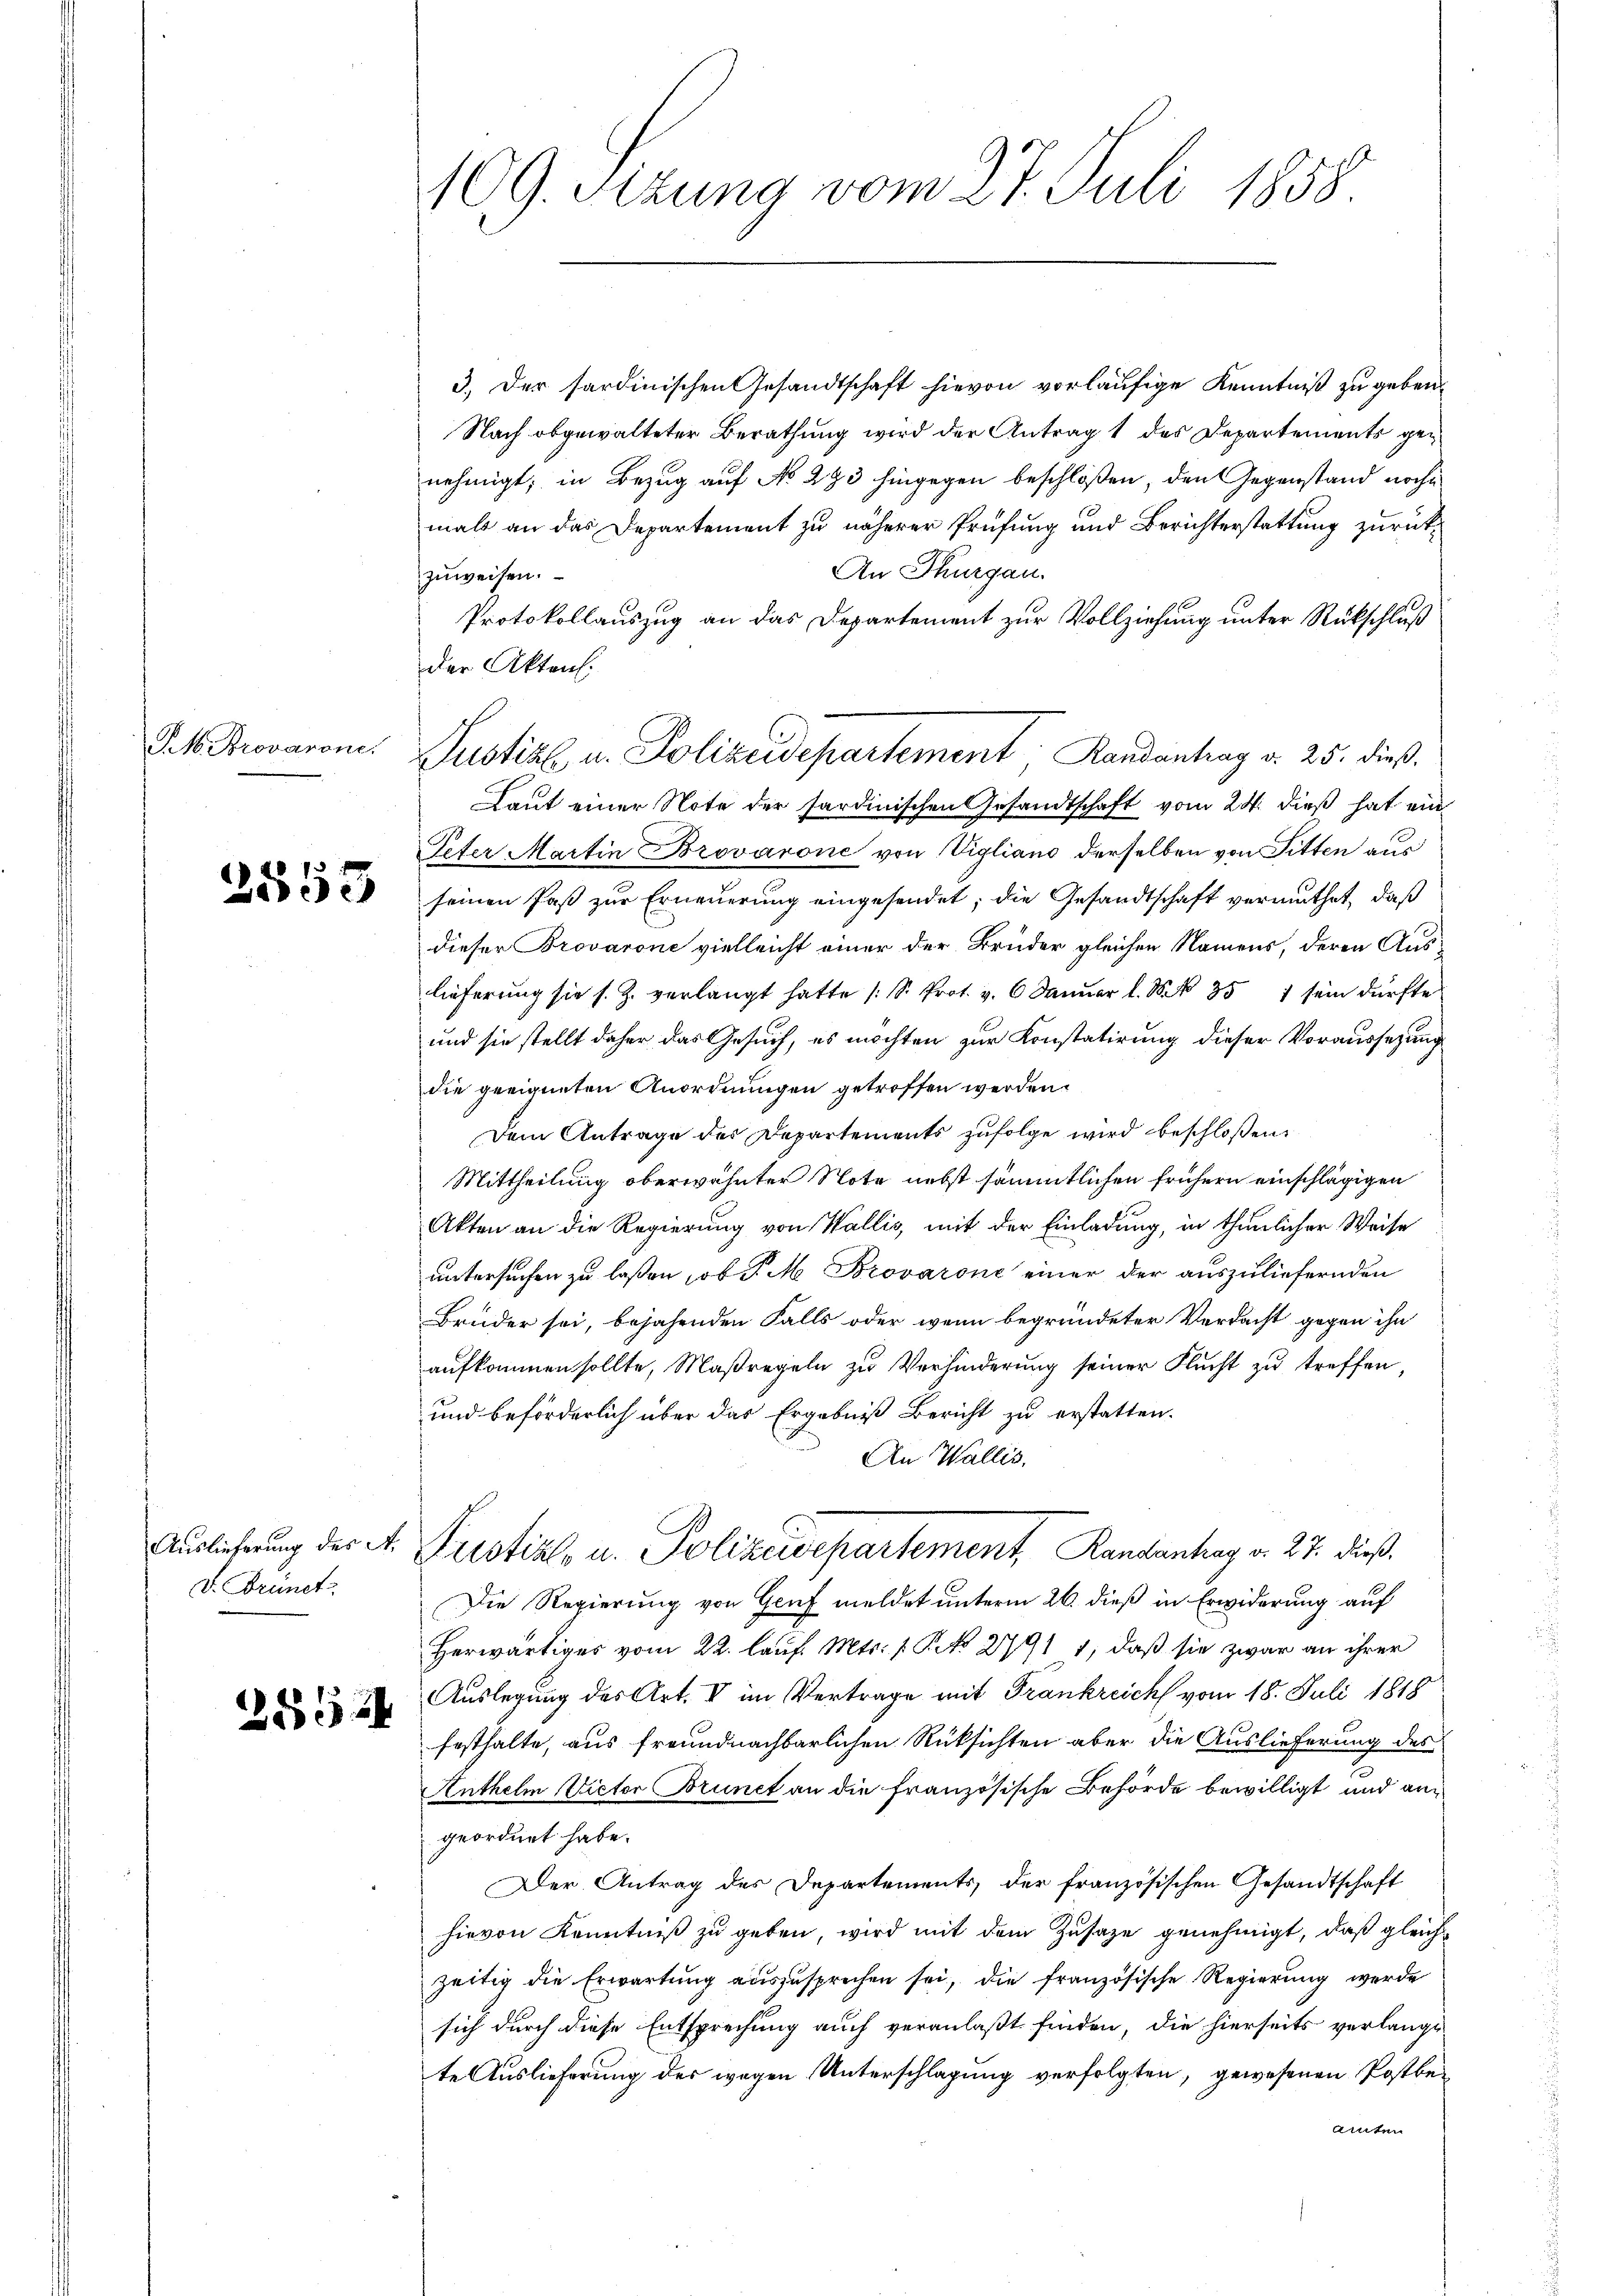
Pet. Provarone

2553

v. Brunet

28524

109. Sitzung vom 27. Juli 1858

3.) Der sardinischen Gesandtschaft hievon vorläufige Kenntniß zu geben.
Nach abgewalteter Berathung wird der Antrag 1 des Departements genehmigt; in Bezug auf No 293 hingegen beschloßen, den Gegenstand noch
mals an das Departement zu näherer Prüfung und Berichterstattung zurück¬
An Thurgau.
zuweisen.
Protokollauszug an das Departement zur Vollziehung unter Rückschluß
der Akten.
Laut einer Note der sardinischen Gesandtschaft vom 24. dieß hat ein
Peter Martin Brovárone von Vigliano derselben von Sitten aus
seinen Paß zur Erneuerung eingesendet; die Gesandtschaft vermuthet, daß
dieser Brovarone vielleicht einer der Brüder gleichen Namens, deren Aus-
lieferung sie s. Z. verlangt hatte (S. Prot. v. 6. Januar l. S. 357 sein dürfte
und sie stellt daher das Gesuch, es möchten zur Konstatirung dieser Voraussetzung
die geeigneten Anordnungen getroffen werden.
Dem Antrage des Departements zufolge wird beschloßen:
Mittheilung oberwähnter Note nebst sämmtlichen frühern einschlägigen
Akten an die Regierung von Wallis, mit der Einladung, in thunlicher Weise
untersuchen zu laßen, ob P. M. Brovarone einer der auszuliefernden
Bruder sei, bejahenden Falls oder wenn begründeter Verdacht gegen ihn
aufkommen sollte, Maßregeln zu Verhinderung seiner Flucht zu treffen,
und beförderlich über das Ergebniß Bericht zu erstatten.
An Wallis,
Auslicherung der A. Fristial- u. Polizeidepartement Randantrag v. 27. dieß¬
Die Regierung von Genf meldet unterm 26. dieß in Erwiderung auf
Herwärtiges vom 22. lauf. Mts. 1 Pkt. 2791 1, daß sie zwar an ihrer
Auslegung des Art. VI im Vertrage mit Frankreich vom 18. Juli 1818
festhalte, aus freundnachbarlichen Rüksichten aber die Auslieferung des
Anthelm Victor Brunet an die französische Behörde bewilligt und angeordnet habe.
Der Antrag des Departements, der französischen Gesandtschaft
hievon Kenntniß zu geben, wird mit dem Zusaze genehmigt, daß gleichzeitig die Erwartung auszusprechen sei, die französische Regierung werde
sich durch diese Entsprechung auch veranlaßt finden, die hierseits verlange
te Auslieferung des wegen Unterschlagung verfolgten, gewesenen Postbeainter

Justiz u. Polizeidepartement, Randantrag d. 25. dieß